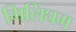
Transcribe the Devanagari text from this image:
गिलिंघम